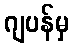
ဂျပန်မှ